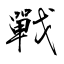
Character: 戰